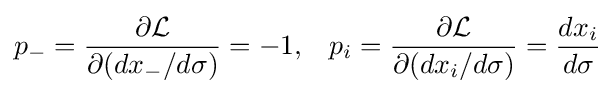
p_{-}={\frac {\partial {\mathcal {L}}}{\partial (dx_{-}/d\sigma )}}=-1,\;\;\;p_{i}={\frac {\partial {\mathcal {L}}}{\partial (dx_{i}/d\sigma )}}={\frac {dx_{i}}{d\sigma }}